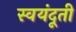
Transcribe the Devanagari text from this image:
स्वयंदूती